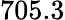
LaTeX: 705.3